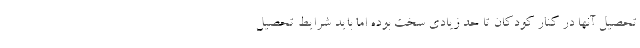
تحصیل آنها در کنار کودکان تا حد زیادی سخت بوده اما باید شرایط تحصیل